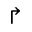
\Rsh